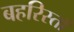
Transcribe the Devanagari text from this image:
बहरिस्ताँ